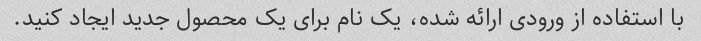
با استفاده از ورودی ارائه شده، یک نام برای یک محصول جدید ایجاد کنید.